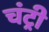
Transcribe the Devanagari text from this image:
चंट्री